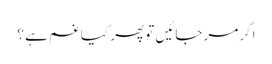
اگر مر جائیں تو پھر کیا غم ہے ؟